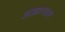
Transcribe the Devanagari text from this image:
आज्ञात्वास